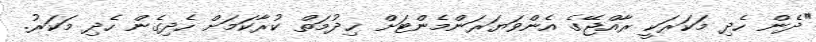
"ދެން ހެދި މަކަރަކީ ރާއްޖޭގެ އެންވަޔަރަންމެންޓަށް ޚިދުމަތް ކުރާކަމަށް ހެދިގެން ހެދި މަކަރު.